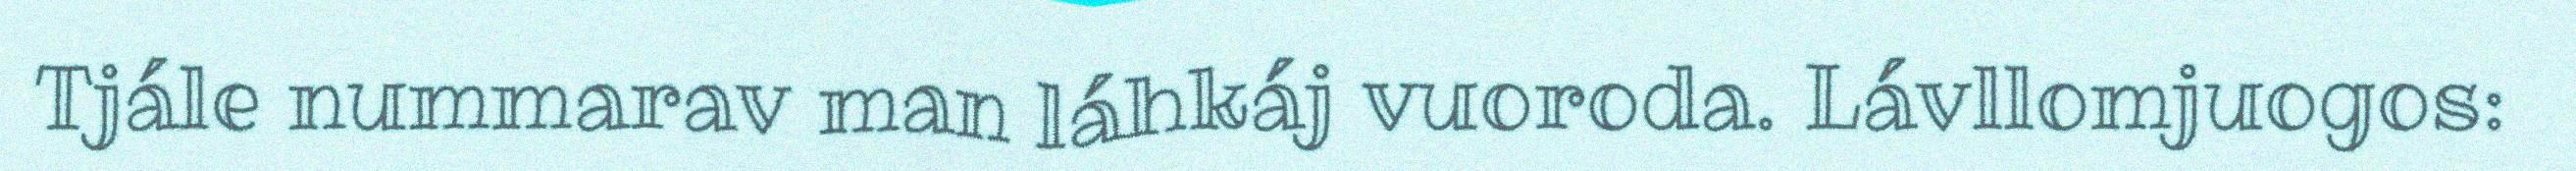
Tjále nummarav man láhkáj vuoroda. Lávllomjuogos: